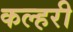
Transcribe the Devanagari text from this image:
कल्हरी